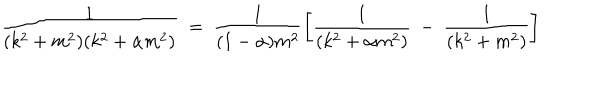
LaTeX: \frac { 1 } { ( k ^ { 2 } + m ^ { 2 } ) ( k ^ { 2 } + \alpha m ^ { 2 } ) } ~ = ~ \frac { 1 } { ( 1 - \alpha ) m ^ { 2 } } \left[ \frac { 1 } { ( k ^ { 2 } + \alpha m ^ { 2 } ) } ~ - ~ \frac { 1 } { ( k ^ { 2 } + m ^ { 2 } ) } \right]